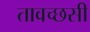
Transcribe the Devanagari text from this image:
तावच्छसी